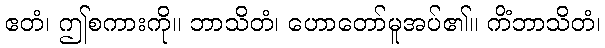
ဧတံ၊ ဤစကားကို။ ဘာသိတံ၊ ဟောတော်မူအပ်၏။ ကိံဘာသိတံ၊